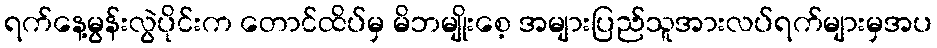
ရက်နေ့မွန်းလွဲပိုင်းက တောင်ထိပ်မှ မိဘမျိုးစေ့ အများပြည်သူအားလပ်ရက်များမှအပ